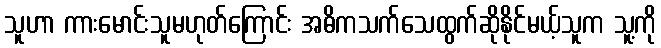
သူဟာ ကားမောင်းသူမဟုတ်ကြောင်း အဓိကသက်သေထွက်ဆိုနိုင်မယ့်သူက သူ့ကို